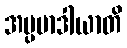
အပ္ပမာဒါယာတိ